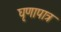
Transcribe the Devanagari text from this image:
घृणापात्र